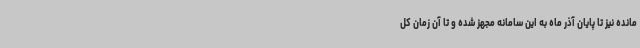
مانده نیز تا پایان آذر ماه به این سامانه مجهز شده و تا آن زمان کل